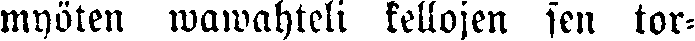
myöten wawahteli kellojen sen tor-